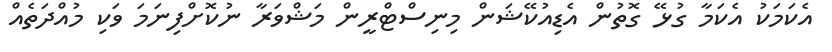
އެކަމަކު އެކަމާ ގުޅޭ ގޮތުން އެޑިއުކޭޝަން މިނިސްޓްރީން މަޝްވަރާ ނުކޮށްފިނަމަ ވަކި މުއްދަތެއް